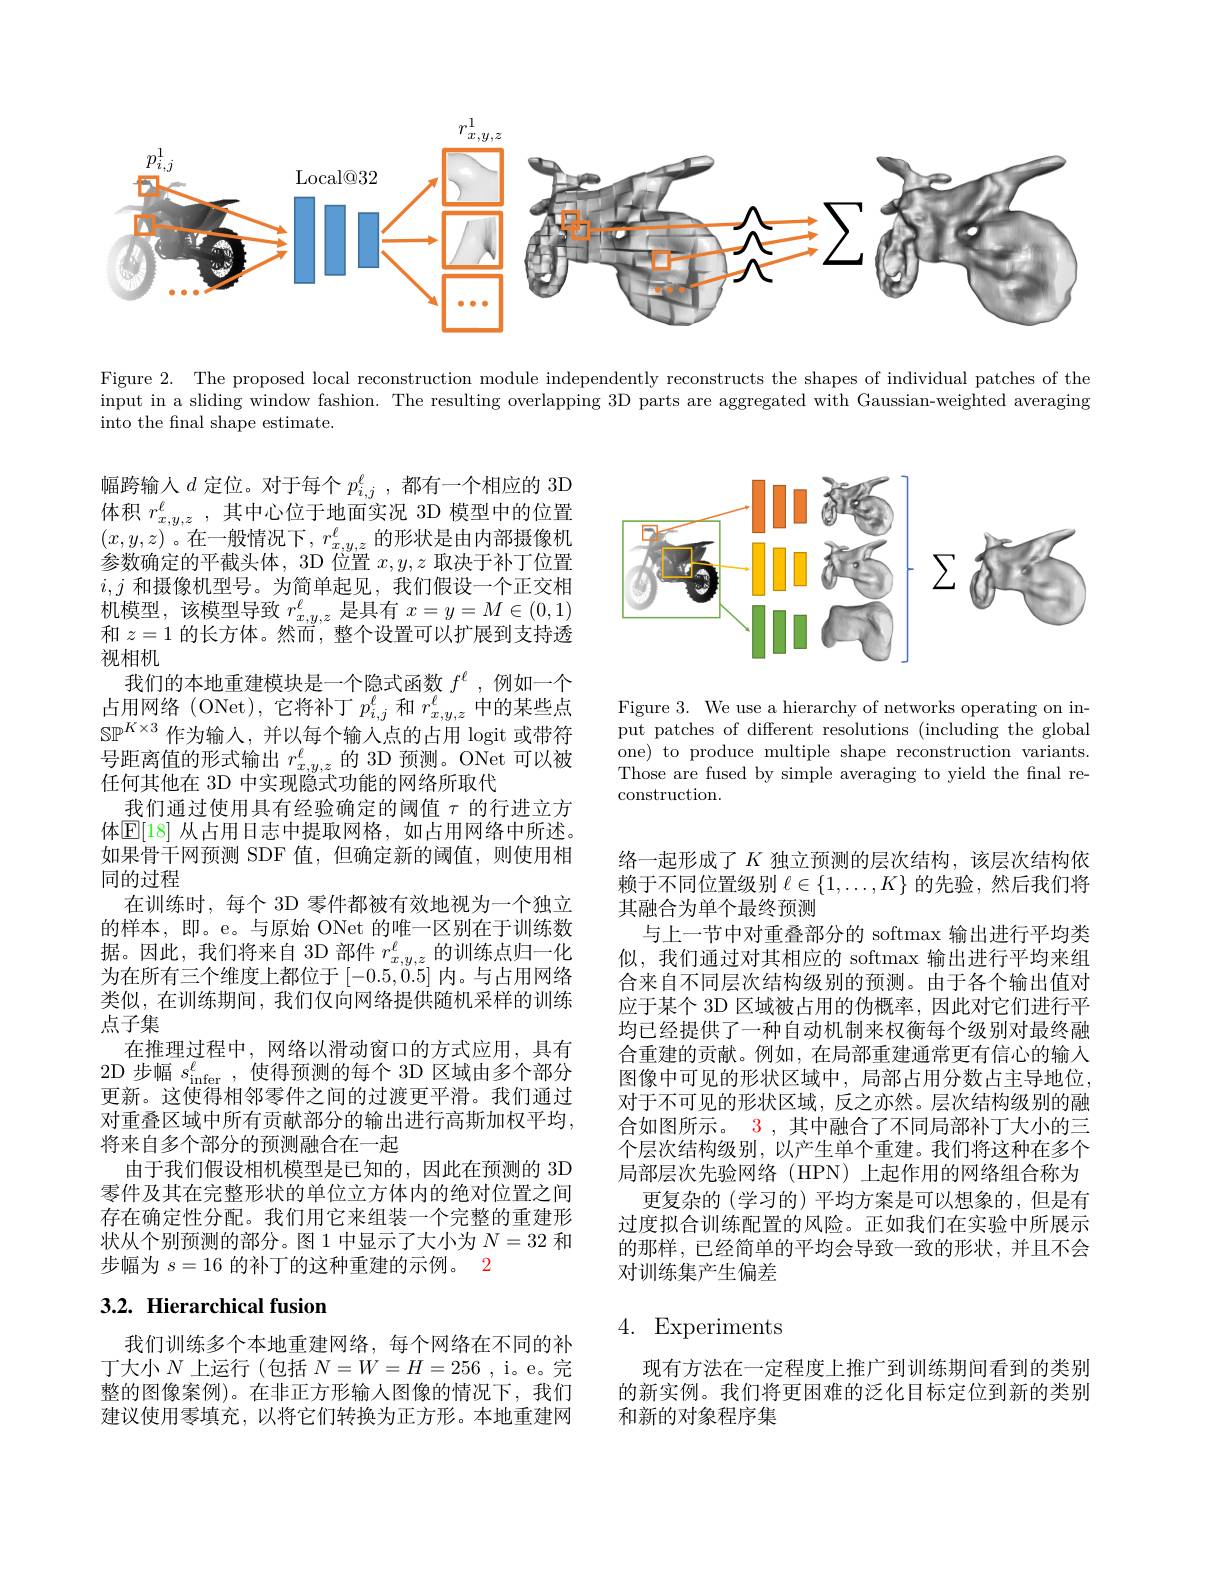
<FigureHere>

Figure 2. The proposed local reconstruction module independently reconstructs the shapes of individual patches of the input in a sliding window fashion. The resulting overlapping 3D parts are aggregated with Gaussian-weighted averaging into the final shape estimate.

<FigureHere>

Figure 3. We use a hierarchy of networks operating on input patches of different resolutions (including the global one) to produce multiple shape reconstruction variants. Those are fused by simple averaging to yield the fnal reconstruction.

幅跨输人$d$ 定位。对于每个 $p_i,j^\ell$ ,都有一个相应的 3D 体积$r_{x,y,z}^\ell$,其中心位于地面实况 3D 模型中的位置$(x,y,z)$。在一般情况下$,r_x,y,z^\ell$的形状是由内部摄像机参数确定的平截头体，3D 位置$x,y,z$取决于补丁位置$i,j$和摄像机型号。为简单起见，我们假设一个正交相机模型，该模型导致$r_x,y,z$是具有$x=y=M\in(0,1)$ 和$z=1$的长方体。然而，整个设置可以扩展到支持透视相机
我们的本地重建模块是一个隐式函数$f^\mathrm{\ell}$ ,例如一个占用网络(ONet),它将补丁$p_i,j^\ell$和$r_x,y,z^\ell$中的某些点$\mathbb{SP}^{K\times3}$作为输入，并以每个输入点的占用 logit 或带符号距离值的形式输出$r_x,y,z^\ell$的 3D 预测。ONet 可以被任何其他在 3D 中实现隐式功能的网络所取代
我们通过使用具有经验确定的阈值$\tau$的行进立方体$\boxed{\mathbb{E}}[18]$ 从占用日志中提取网格，如占用网络中所述。如果骨干网预测 SDF 值，但确定新的阈值，则使用相同的过程
在训练时，每个 3D 零件都被有效地视为一个独立的样本，即。e。与原始 ONet 的唯一区别在于训练数据。因此，我们将来自 3D 部件$r_x,y,z^\ell$的训练点归一化为在所有三个维度上都位于[-0.5,0.5]内。与占用网络类似，在训练期间，我们仅向网络提供随机采样的训练点子集
在推理过程中，网络以滑动窗口的方式应用，具有2D 步幅$s_\mathrm{infer}^\ell$,使得预测的每个 3D 区域由多个部分更新。这使得相邻零件之间的过渡更平滑。我们通过对重叠区域中所有贡献部分的输出进行高斯加权平均， 将来自多个部分的预测融合在一起
由于我们假设相机模型是已知的，因此在预测的 3D 零件及其在完整形状的单位立方体内的绝对位置之间存在确定性分配。我们用它来组装一个完整的重建形状从个别预测的部分。图 1 中显示了大小为$N=32$和步幅为$s=16$的补丁的这种重建的示例。2
3.2. Hierarchical fusion

络一起形成了$K$独立预测的层次结构，该层次结构依赖于不同位置级别$\ell\in\{1,\ldots,K\}$的先验，然后我们将其融合为单个最终预测
与上一节中对重叠部分的 softmax 输出进行平均类似，我们通过对其相应的 softmax 输出进行平均来组合来自不同层次结构级别的预测。由于各个输出值对应于某个 3D 区域被占用的伪概率，因此对它们进行平均已经提供了一种自动机制来权衡每个级别对最终融合重建的贡献。例如，在局部重建通常更有信心的输入图像中可见的形状区域中，局部占用分数占主导地位， 对于不可见的形状区域，反之亦然。层次结构级别的融合如图所示。$\color{red}{3}$,其中融合了不同局部补丁大小的三个层次结构级别，以产生单个重建。我们将这种在多个局部层次先验网络(HPN)上起作用的网络组合称为
更复杂的 (学习的) 平均方案是可以想象的，但是有过度拟合训练配置的风险。正如我们在实验中所展示的那样，已经简单的平均会导致一致的形状，并且不会对训练集产生偏差

# 4. Experiments

我们训练多个本地重建网络，每个网络在不同的补丁大小$N$ 上运行(包括 $N=W=H=256$ ,i。e。完整的图像案例)。在非正方形输入图像的情况下，我们建议使用零填充，以将它们转换为正方形。本地重建网

现有方法在一定程度上推广到训练期间看到的类别的新实例。我们将更困难的泛化目标定位到新的类别和新的对象程序集